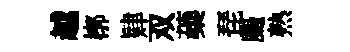
越槨肄双蘃琵颺熟